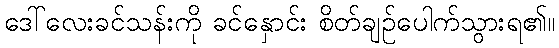
ဒေါ်လေးခင်သန်းကို ခင်နှောင်း စိတ်ချဉ်ပေါက်သွားရ၏။